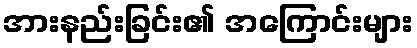
အားနည်းခြင်း၏ အကြောင်းများ